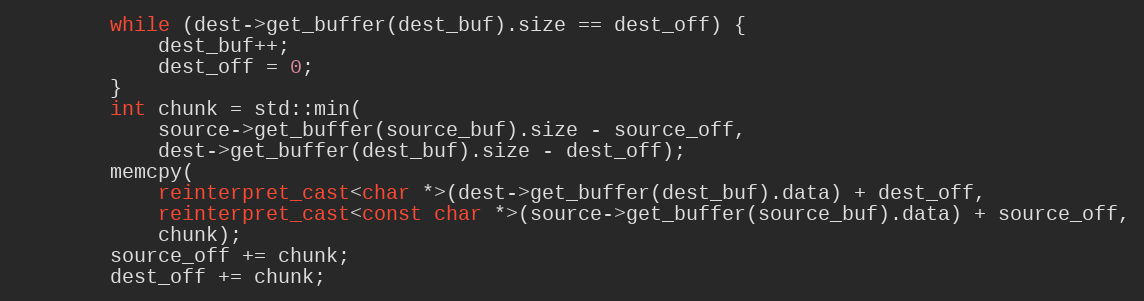
Language: C++
        while (dest->get_buffer(dest_buf).size == dest_off) {
            dest_buf++;
            dest_off = 0;
        }
        int chunk = std::min(
            source->get_buffer(source_buf).size - source_off,
            dest->get_buffer(dest_buf).size - dest_off);
        memcpy(
            reinterpret_cast<char *>(dest->get_buffer(dest_buf).data) + dest_off,
            reinterpret_cast<const char *>(source->get_buffer(source_buf).data) + source_off,
            chunk);
        source_off += chunk;
        dest_off += chunk;